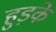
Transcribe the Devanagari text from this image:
हुड़के